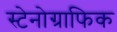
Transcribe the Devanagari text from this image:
स्टेनोग्राफिक